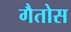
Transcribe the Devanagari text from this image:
गैतोस